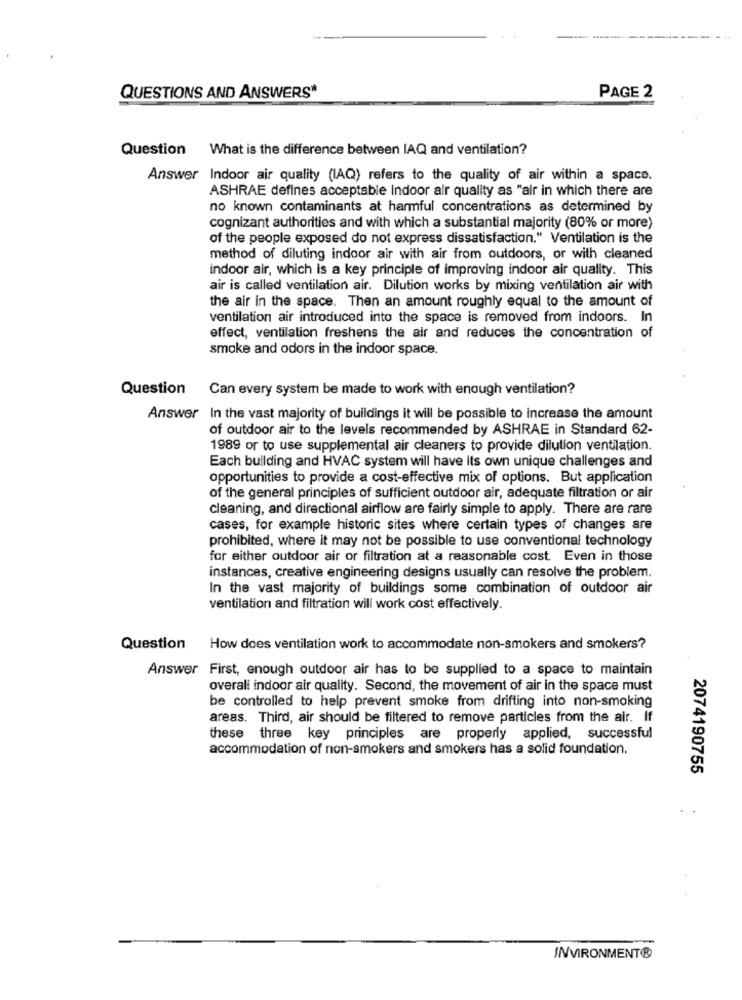
QUESTIONS AND ANSWERS*
PAGE 2
Question What is the difference between IAQ and ventilation?
Answer Indoor air quality (IAQ) refers to the quality of air within a space.
ASHRAE defines acceptable indoor air quality as "air in which there are
no known contaminants at harmful concentrations as determined by
cognizant authorities and with which a substantial majority (80% or more)
of the people exposed do not express dissatisfaction." Ventilation is the
method of diluting indoor air with air from outdoors, or with cleaned
indoor air, which is a key principle of improving indoor air quality. This
air is called ventilation air. Dilution works by mixing ventilation air with
the air in the space. Then an amount roughly equal to the amount of
ventilation air introduced into the space is removed from indoors. In
effect, ventilation freshens the air and reduces the concentration of
smoke and odors in the indoor space.
Question Can every system be made to work with enough ventilation?
Answer In the vast majority of buildings it will be possible to increase the amount
of outdoor air to the levels recommended by ASHRAE in Standard 62-
1989 or to use supplemental air cleaners to provide dilution ventilation.
Each building and HVAC system will have its own unique challenges and
opportunities to provide a cost-effective mix of options. But application
of the general principles of sufficient outdoor air, adequate filtration or air
cleaning, and directional airflow are fairly simple to apply. There are rare
cases, for example historic sites where certain types of changes are
prohibited, where it may not be possible to use conventional technology
for either outdoor air or filtration at a reasonable cost. Even in those
instances, creative engineering designs usually can resolve the problem.
In the vast majority of buildings some combination of outdoor air
ventilation and filtration will work cost effectively.
Question How does ventilation work to accommodate non-smokers and smokers?
Answer First, enough outdoor air has to be supplied to a space to maintain
overall indoor air quality. Second, the movement of air in the space must
be controlled to help prevent smoke from drifting into non-smoking
areas. Third, air should be filtered to remove particles from the air. If
these
three key principles are properly applied, successful
accommodation of non-smokers and smokers has a solid foundation.
2074190755
INVIRONMENT®